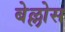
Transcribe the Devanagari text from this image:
बेल्लोस